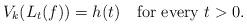
LaTeX: \begin{align*}V_k(L_t(f))=h(t)\quad\mbox{for every $t>0$.}\end{align*}